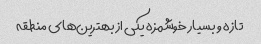
تازه و بسیار خوشمزه یکی از بهترین‌های منطقه